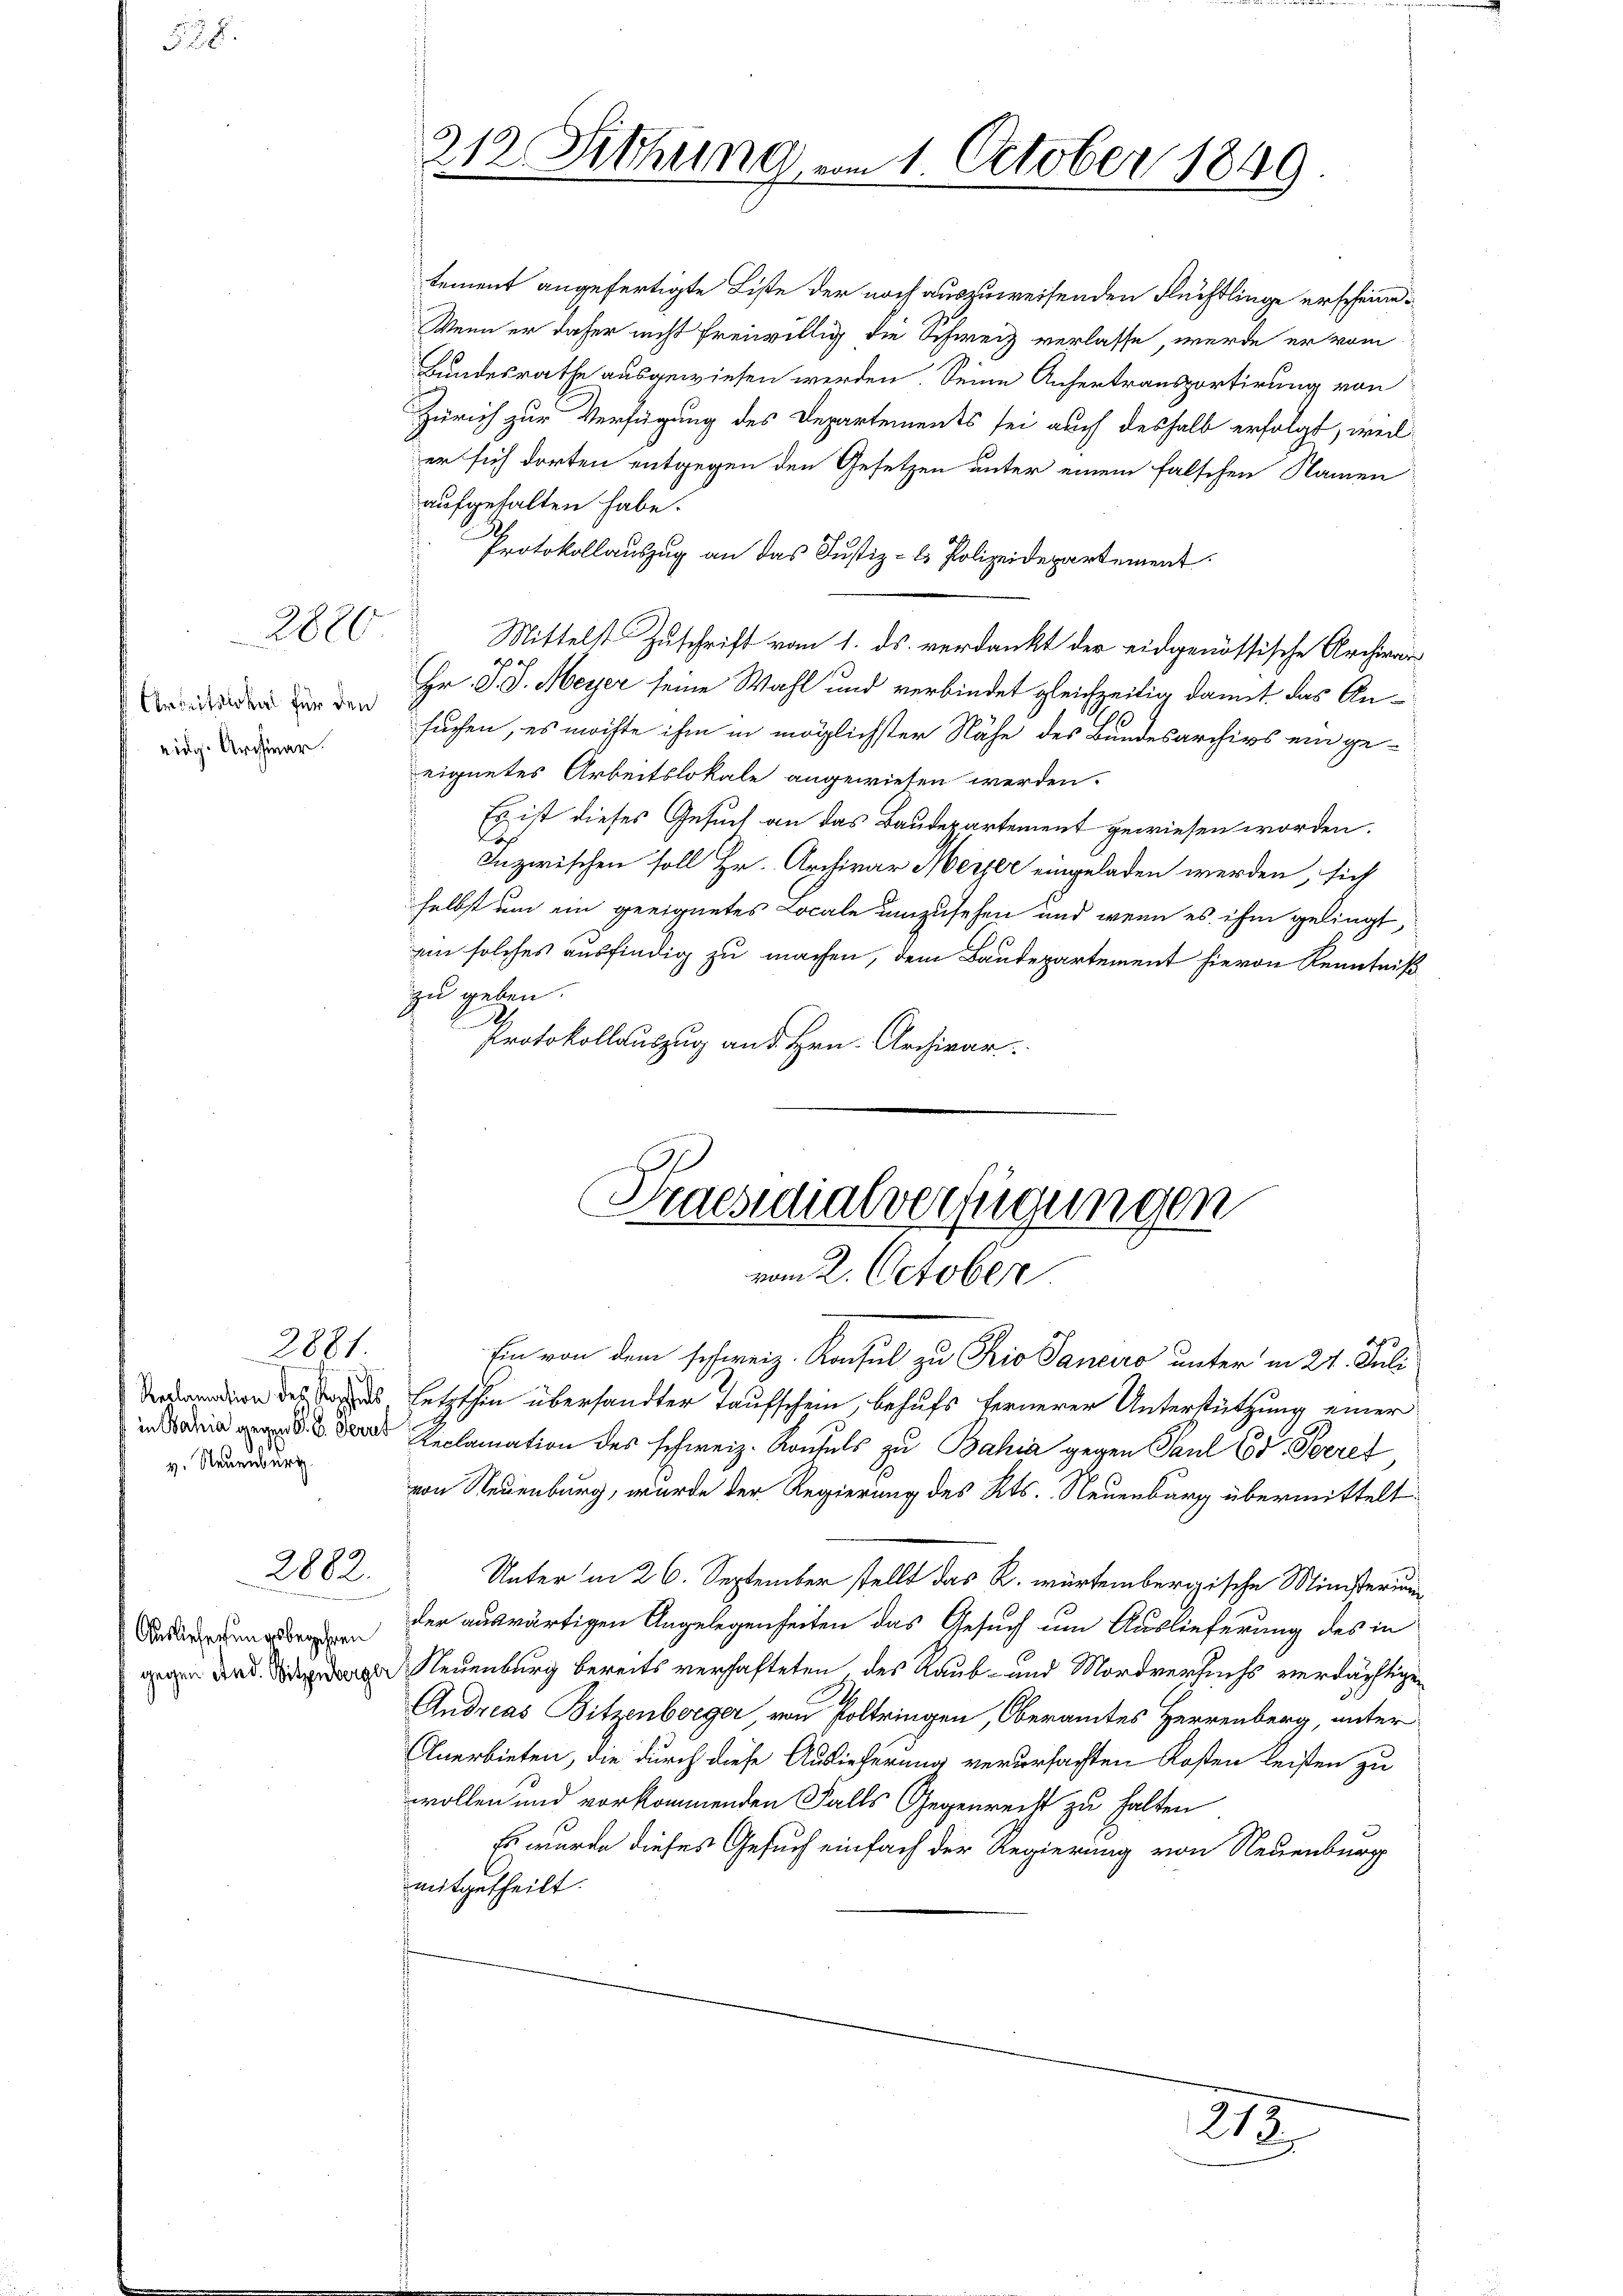
558.

2820

Ctreitslokal für den
eidg. Archivar.

2881.
Reclamation des Postens
in Bahia gegen S. 8. Ferrt
v. Neuenburg

Auslieferungsbegehren
gegen And. Witzenberge

2882.

tement angefertigte Liste der noch auszuweisenden Flüchtlinge erscheine¬
Wenn er daher nicht freiwillig die Schweiz verlasse, werde er vom
Bundesrathe ausgewiesen werden. Seine Anfertransportirung von
Zürich zur Verfügung des Departements sei auch deshalb erfolgt, weil
er sich dorten entgegen den Gesetzen unter einem falschen Namen
aufgehalten habe.
Protokollauszug an das Justiz- & Polizeidepartement.
Mittelst Zuschrift vom 1. ds. verdankt der eidgenössische Archivar
d
Hr. D. d. Meyer seine Wahl und verbindet gleichzeitig damit das Ansuchen, es möchte ihm in möglichster Nähe des Bundesarchivs ein geeignetes Arbeitslokale angewiesen werden.
Es ist dieses Gesuch an das Baudepartement gewiesen worden.
s
Inzwischen soll Hr. Archivar Herzer eingeladen werden, sich
selbst um ein geeignetes Locale umzusehen und wenn es ihm gelingt,
ain solches ausfindig zu machen, dem Baudepartement hievon Kenntniß
zu geben.
e
Protokollauszug an d. Hrn. Archivar

212. Sitzung am 1. October 1849

Praesidialverfügungen
vom 2. October

212

Ein von dem schweiz. Konsul zu Prio Saneiro unter in 21. Juli
letzthin übersandter Taufschein, behufs fernerer Unterstützung einer
Reclamation des schweiz. Raufels zu Bahia gegen Paul Ed. Poeref
von Neuenburg, wurde der Regierung des Kts. Neuenburg übermittelt
Unter in 26. September stellt das R. würtembergische Ministerium
der auswärtigen Angelegenheiten das Gesuch um Auslieferung des in
Neuenburg bereits verhafteten, des Raub- und Mordversuchs verdächtigen
Andreas Bitzenberger von Poltringen, Oberamtes Herrenberg, unter
Anerbieten, die durch diese Auslieferung verursachten Kosten leisten zu
wollen und vorkommenden Falls Gegenrecht zu halten
Es wurde dieses Gesuch einfach der Regierung von Neuenburg
mitgetheilt.